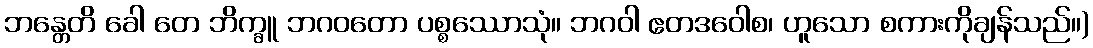
ဘန္တေတိ ခေါ တေ ဘိက္ခူ ဘဂဝတော ပစ္စဿောသုံ။ ဘဂဝါ ဧတဒဝေါစ၊ ဟူသော စကားကိုချန်သည်။)